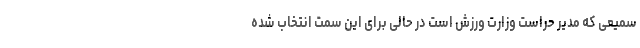
سمیعی که مدیر حراست وزارت ورزش است در حالی برای این سمت انتخاب شده